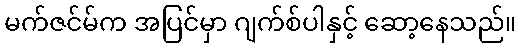
မက်ဇင်မ်က အပြင်မှာ ဂျက်စ်ပါနှင့် ဆော့နေသည်။